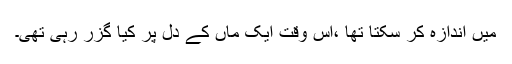
میں اندازہ کر سکتا تھا ،اس وقت ایک ماں کے دل پر کیا گزر رہی تھی۔